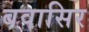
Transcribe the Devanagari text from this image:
बवासिर